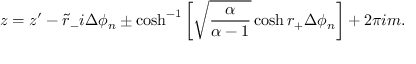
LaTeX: z = z ^ { \prime } - \tilde { r } _ { - } i \Delta \phi _ { n } \pm \cosh ^ { - 1 } \left[ \sqrt { \frac { \alpha } { \alpha - 1 } } \cosh r _ { + } \Delta \phi _ { n } \right] + 2 \pi i m .